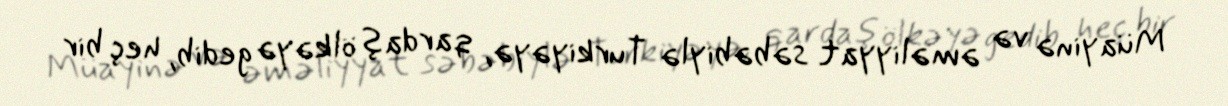
Müayinə və əməliyyat səbəbiylə Turkiyəyə, qardaş ölkəyə gedib, heç bir